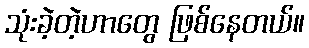
သုံးခဲ့တဲ့ဟာတွေ ဖြစ်နေတယ်။